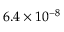
6 . 4 \times 1 0 ^ { - 8 }